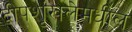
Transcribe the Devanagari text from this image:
द्वीपशृंखलेमधील